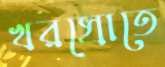
খরস্রোতে